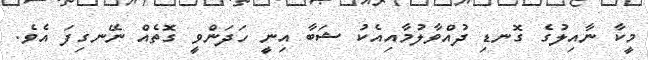
މީކާ ނާއިލުގެ ގޮނޑި ދުއްވާލުމާއިއެކު ޝަބާ އިނީ ހަދަންވީ ގޮތެއް ނޭނގިފަ އެވެ.